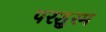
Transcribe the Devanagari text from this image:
परशुरम